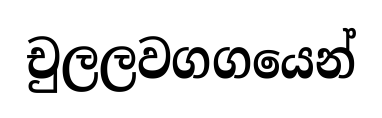
චුලලවගගයෙන්